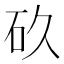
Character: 𮵉